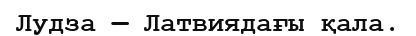
Лудза — Латвиядағы қала.